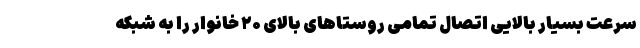
سرعت بسیار بالایی اتصال تمامی روستاهای بالای ۲۰ خانوار را به شبکه